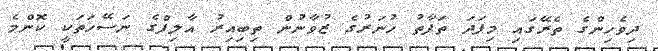
ދިވެހިންގެ ތެރޭގައި މިފަދަ ތަފާތު ހުނަރުގެ ޒުވާނުން ތިބިއިރު އާލިފްގެ ނަސޭހަތަކީ ކޮންމެ